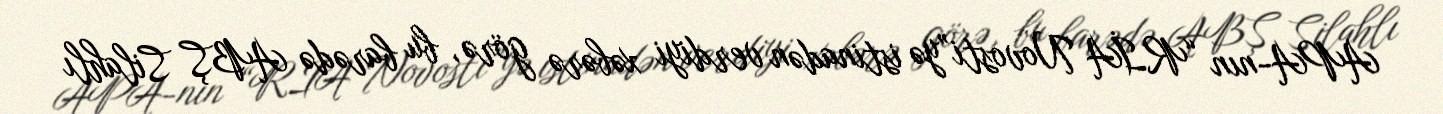
APA-nın “RİA Novosti”yə istinadən verdiyi xəbərə görə, bu barədə ABŞ Silahlı